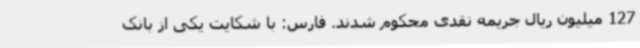
127 میلیون ریال جریمه نقدی محکوم شدند. فارس: با شکایت یکی از بانک